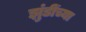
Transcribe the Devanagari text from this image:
झुंडींच्या